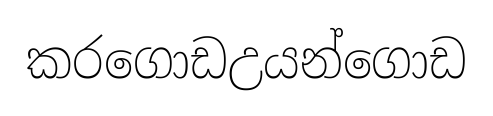
කරගොඩඋයන්ගොඩ